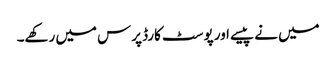
میں نے پیسے اور پوسٹ کارڈ پرس میں رکھے۔